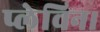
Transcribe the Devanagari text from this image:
प्लेविन।